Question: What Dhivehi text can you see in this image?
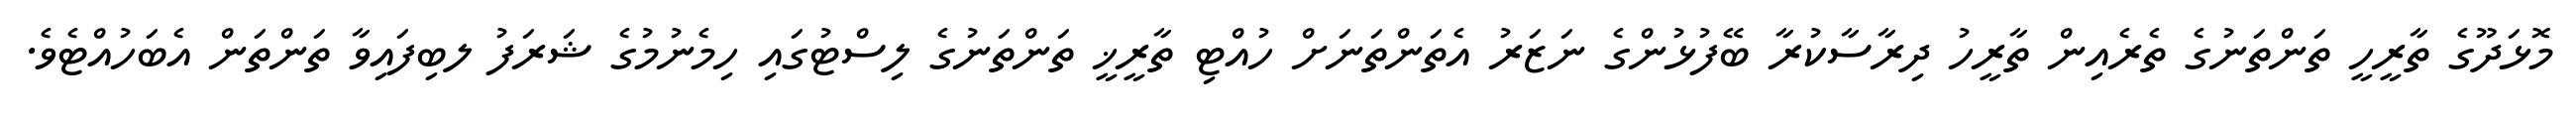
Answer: މޮޅަދޫގެ ތާރީހީ ތަންތަނުގެ ތެރެއިން ތާރީހު ދިރާސާކުރާ ބޭފުޅުންގެ ނަޒަރު އެތަންތަނަށް ހުއްޓި ތާރީޚީ ތަންތަނުގެ ލިސްޓުގައި ހިމެނުމުގެ ޝަރަފު ލބިފައިވާ ތަންތަން އެބަހުއްޓެވެ.